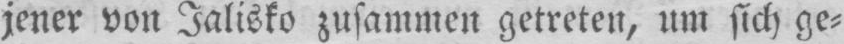
jener von Jalisko zusammen getreten, um sich ge⸗